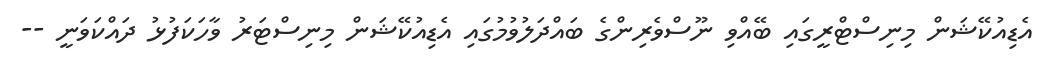
އެޑިއުކޭޝަން މިނިސްޓްރީގައި ބޭއްވި ނޫސްވެރިންގެ ބައްދަލުވުމުގައި އެޑިއުކޭޝަން މިނިސްޓަރު ވާހަކަފުޅު ދައްކަވަނީ --